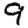
Digit: 9